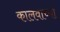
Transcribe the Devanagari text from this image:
कालवाच्या